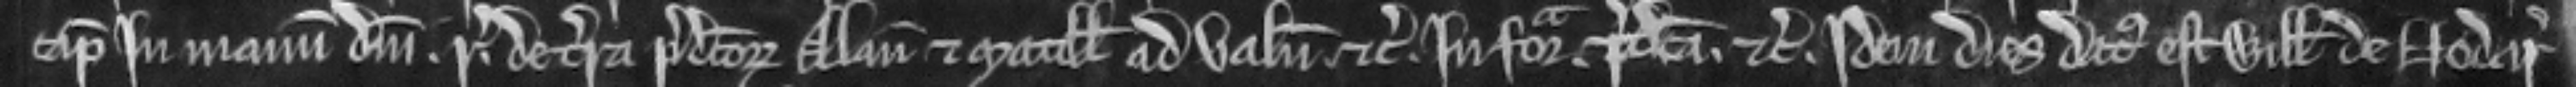
capiat in manum domini regis de terra predictorum Alani et Matillidis ad valenciam etc. in forma. predicta. etc. Idem dies datus est Willelmo de Nodar